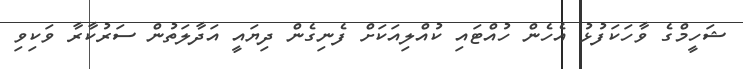
ޝަހީމްގެ ވާހަކަފުޅު އެހެން ހުއްޓައި ކުއްލިއަކަށް ފެނިގެން ދިޔައީ އަދާލަތުން ސަރުކާރާ ވަކިވި